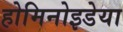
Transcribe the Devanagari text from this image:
होमिनोइडेया